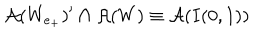
LaTeX: \mathcal { A } ( W _ { e _ { + } } ) ^ { \prime } \cap \mathcal { A } ( W ) \equiv \mathcal { A } ( I ( 0 , 1 ) )